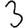
Digit: 3